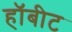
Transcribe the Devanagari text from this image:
हॉबीट